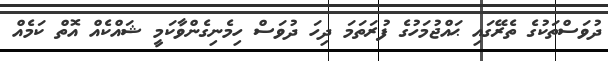
ދުވަސްތަކުގެ ތެރޭގައި ޙައްޖުމަހުގެ ފުރަތަމަ ދިހަ ދުވަސް ހިމެނިގެންވާކަމީ ޝައްކެއް އޮތް ކަމެއް